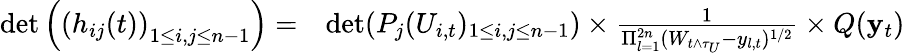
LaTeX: \begin{array}{rl}{\operatorname*{det}\left(\left(h_{ij}(t)\right)_{1\le i,j\le n-1}\right)=}&{\operatorname*{det}(P_{j}(U_{i,t})_{1\le i,j\le n-1})\times\frac{1}{\Pi_{l=1}^{2n}(W_{t\wedge\tau_{U}}-y_{l,t})^{1/2}}\times Q(\mathbf{y}_{t})}\end{array}